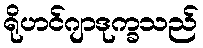
ရိုဟင်ဂျာဒုက္ခသည်